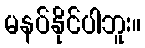
မနပ်နိုင်ပါဘူး။